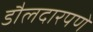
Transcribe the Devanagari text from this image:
डौलदारपणे